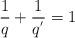
LaTeX: \begin{align*} \frac{1}{q}+\frac{1}{q^{'}}=1 \end{align*}